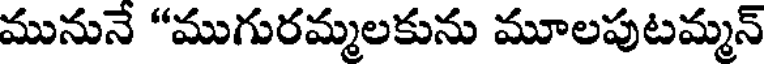
మునునే "ముగురమ్మలకును మూలపుటమ్మన్